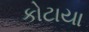
કોટાયા